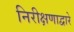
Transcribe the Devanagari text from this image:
निरीक्षणाद्वारे